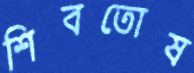
শিবতোষ